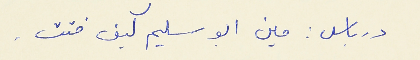
درباس : مين ابو سليم كيف فتت .